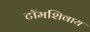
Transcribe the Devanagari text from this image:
टॉमशिवाय